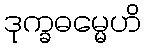
ဒုက္ခဓမ္မေဟိ